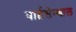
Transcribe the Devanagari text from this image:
वाईसेन्थाल